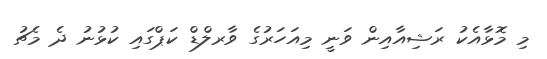
މި މޮޅާއެކު ރަޝިއާއިން ވަނީ މިއަހަރުގެ ވާރލްޑް ކަޕްގައި ކުޅުނު ދެ މެޗު